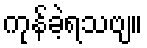
ကုန်ခဲ့ရသဗျ။